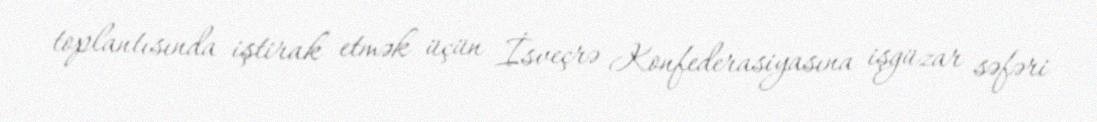
toplantısında iştirak etmək üçün İsveçrə Konfederasiyasına işgüzar səfəri